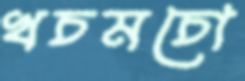
খচমচো